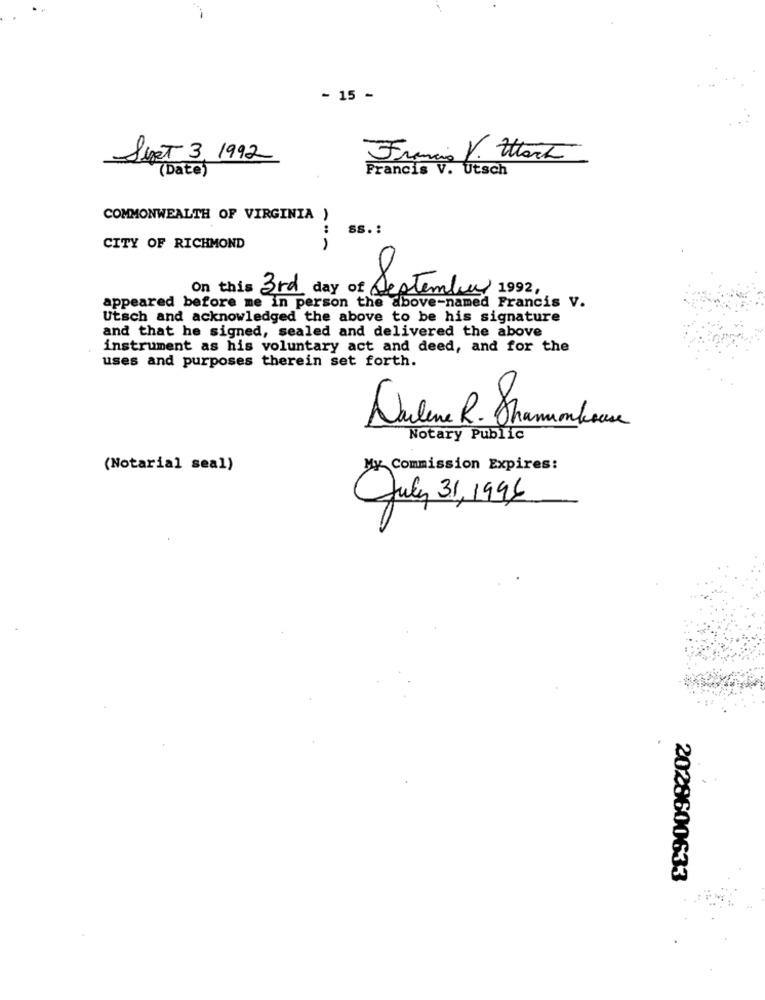
- 15 -
Just 3, 1992
Francia V. Hart
(Date)
Francis
Utsch
COMMONWEALTH OF VIRGINIA )
:
SS .:
CITY OF RICHMOND
On this 3rd day of desteml
Tember 1992,
appeared before me in person the above-named Francis v.
Utsch and acknowledged the above to be his signature
and that he signed, sealed and delivered the above
instrument as his voluntary act and deed, and for the
uses and purposes therein set forth.
0
Notary Public
(Notarial seal)
My Commission Expires:
July 31, 1996
2028600633